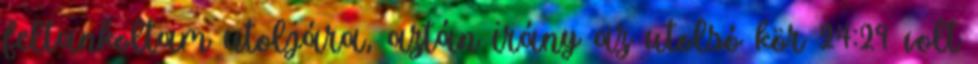
feltankoltam utoljára, aztán irány az utolsó kör 24:29 volt